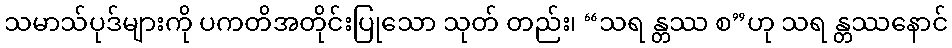
သမာသ်ပုဒ်များကို ပကတိအတိုင်းပြုသော သုတ် တည်း၊ “သရ န္တဿ စ”ဟု သရ န္တဿနောင်